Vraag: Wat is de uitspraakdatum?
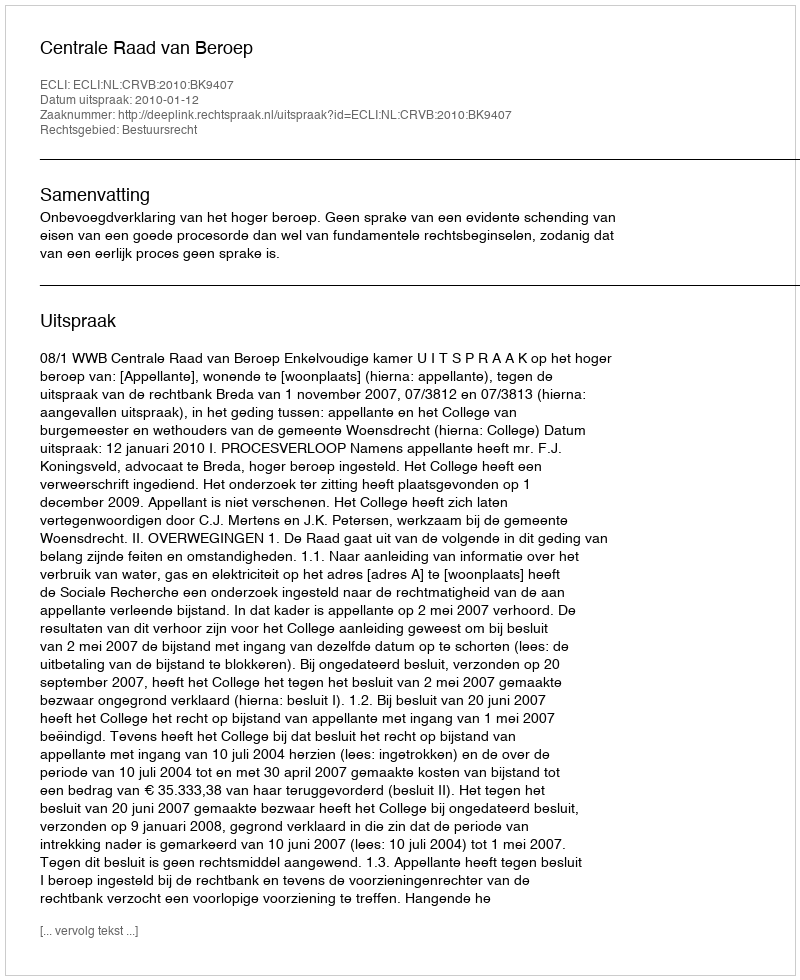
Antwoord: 2010-01-12